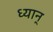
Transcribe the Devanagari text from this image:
ध्यान्